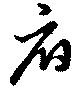
府